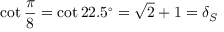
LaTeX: \cot { \frac { \pi } { 8 } } = \cot 2 2 . 5 ^ { \circ } = { \sqrt { 2 } } + 1 = \delta _ { S }